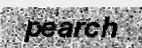
pearch